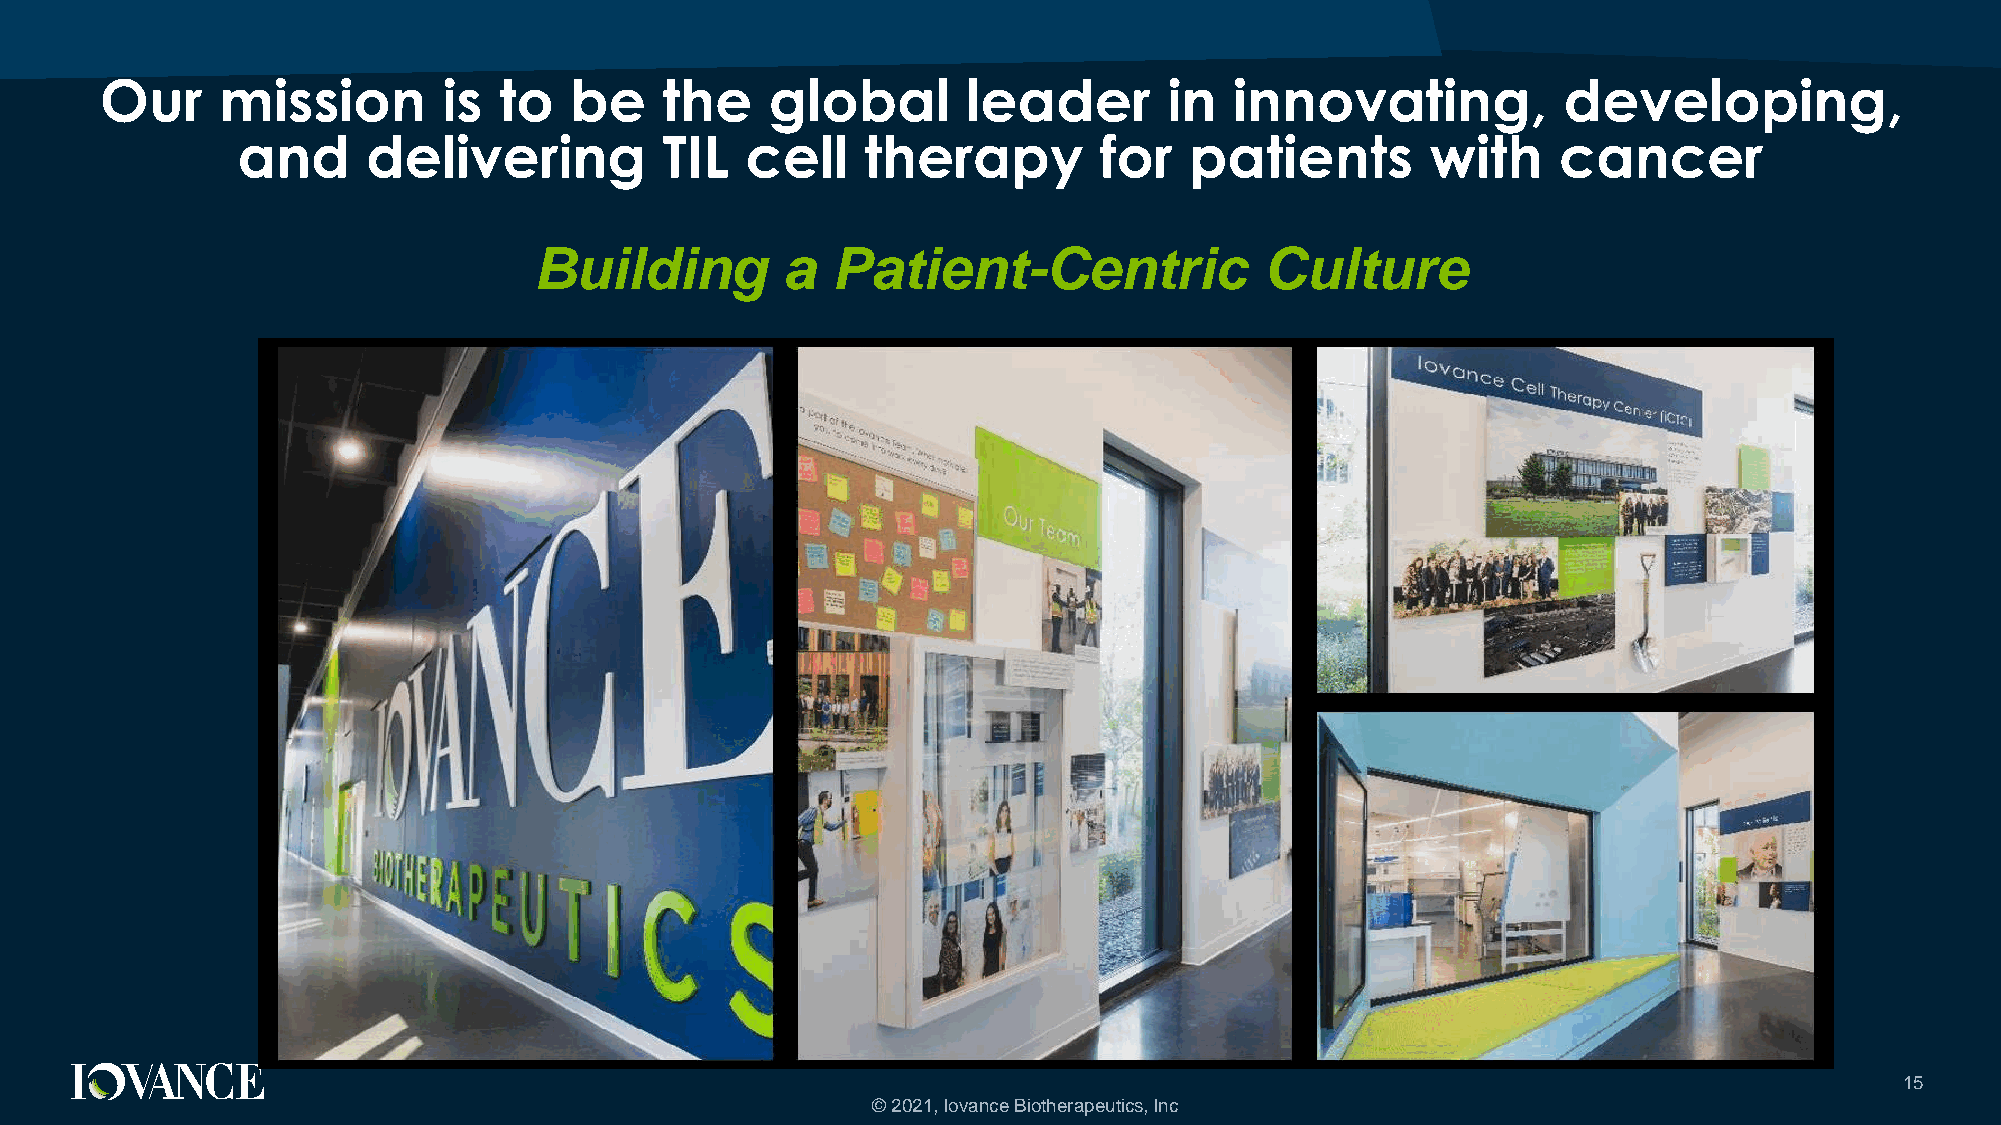
Our    mission        is  to   be    the    global       leader       in   innovating,          developing,
 and     delivering          TIL  cell    therapy         for   patients        with    cancer
 Building         a  Patient-Centric              Culture
 15
 © 2021, Iovance Biotherapeutics, Inc